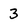
Character: 3